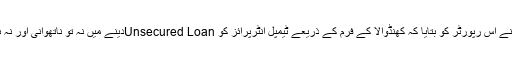
امت شاہ کے ایک قریبی ذرائع نے اس رپورٹر کو بتایا کہ کھنڈوالا کے فرم کے ذریعے ٹیمپل انٹرپرائز کو Unsecured Loanدینے میں نہ تو ناتھوانی اور نہ ہی ریلائنس کا کوئی کردار تھا۔